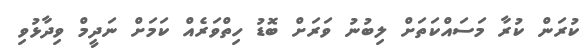
ކުރަން ކުރާ މަސައްކަތަށް ލިބުނު ވަރަށް ބޮޑު ހިތްވަރެއް ކަމަށް ނަދީމް ވިދާޅުވި